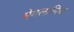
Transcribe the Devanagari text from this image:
मेगलानिक